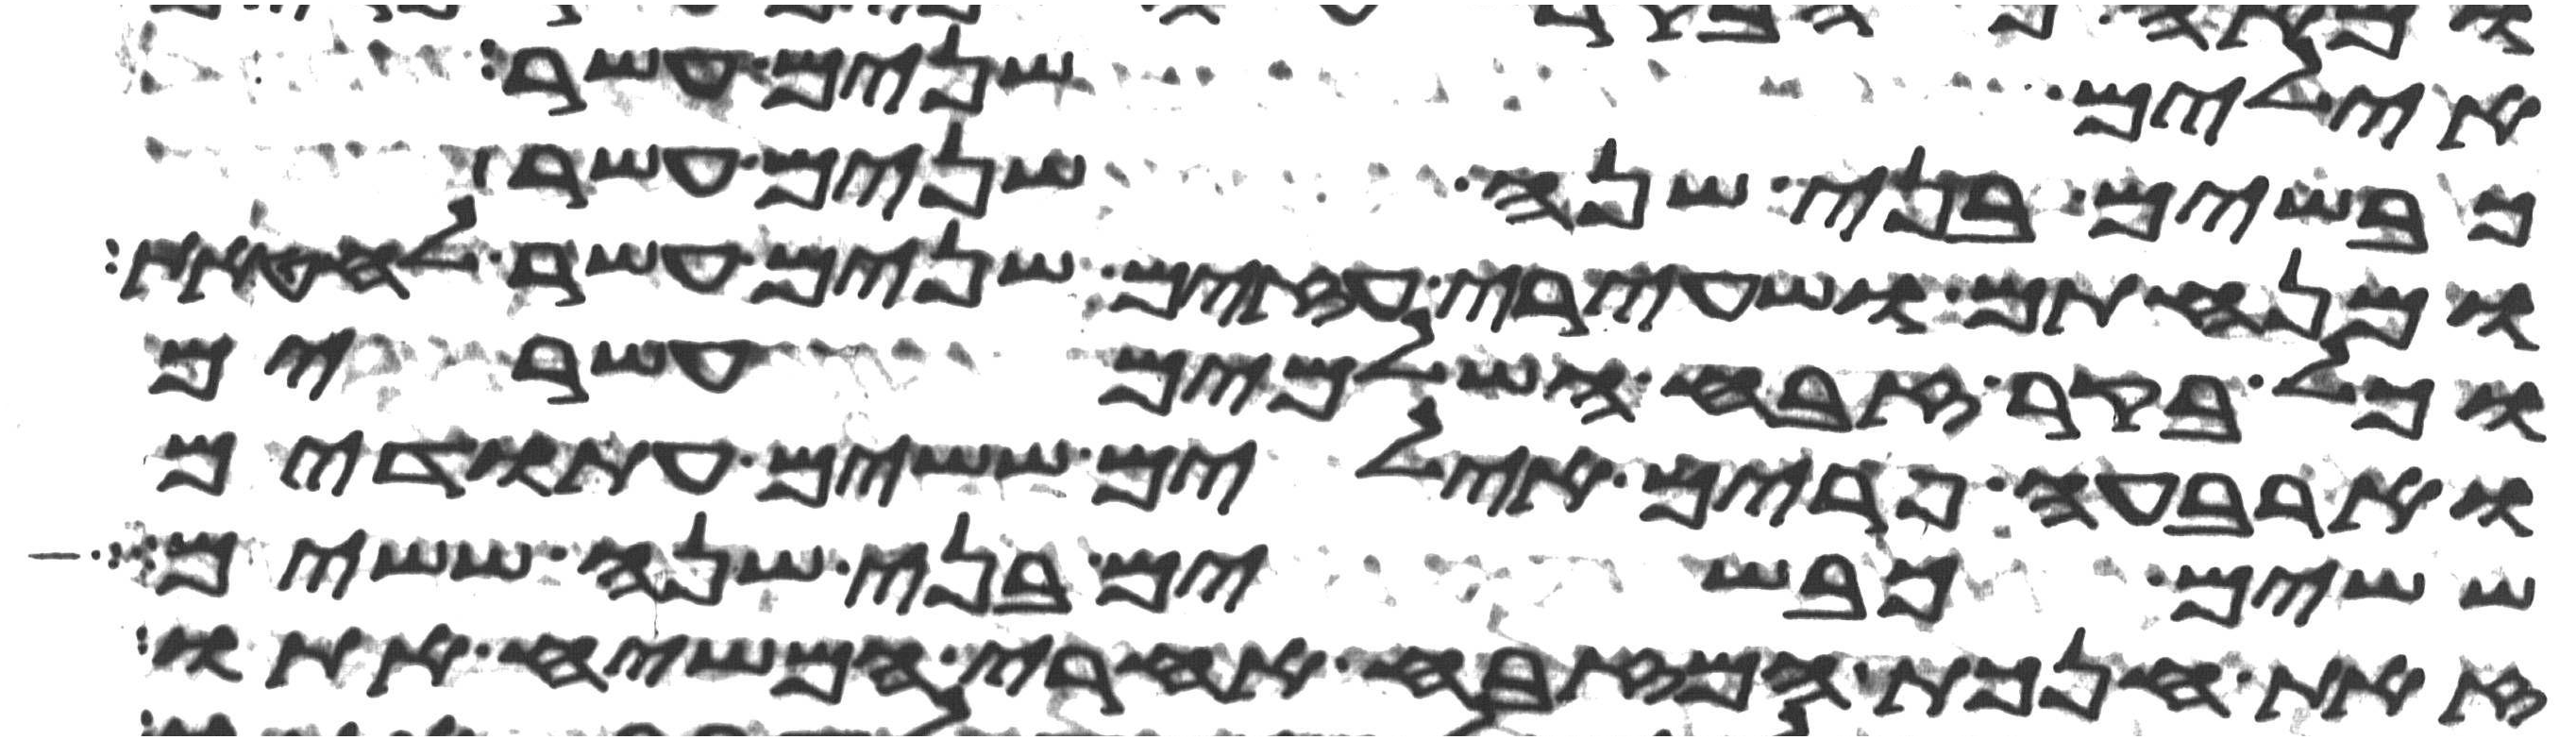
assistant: אילים שנים עשר
כבשים בני שנה שנים עשר
ומנחתם ושעירי עזים שנים עשר לחטאת
וכל בקר זבח השלמים עשרים
וארבעה פרים אילים ששים עתודים
ששים כבשים בני שנה ששים
זאת חנכת המזבח אחרי המשח אתו